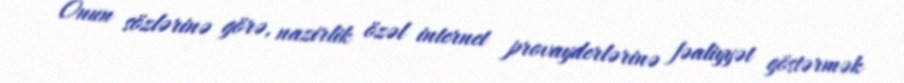
Onun sözlərinə görə, nazirlik özəl internet provayderlərinə fəaliyyət göstərmək